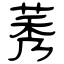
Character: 莠